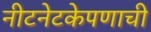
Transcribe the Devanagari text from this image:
नीटनेटकेपणाची